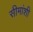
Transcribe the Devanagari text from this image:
सीमांशी